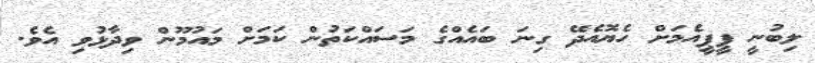
ލިބުނީ ޕީޕީއެމަށް ހެޔޮއެދޭ ގިނަ ބައެއްގެ މަސައްކަތުން ކަމަށް މައުމޫން ވިދާޅުވި އެވެ.